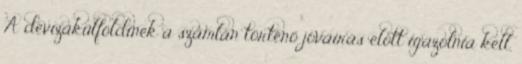
A devizakülföldinek a számlán történő jóváírás előtt igazolnia kell,